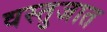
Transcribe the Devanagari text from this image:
वस्तुजात